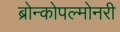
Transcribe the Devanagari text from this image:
ब्रोन्कोपल्मोनरी